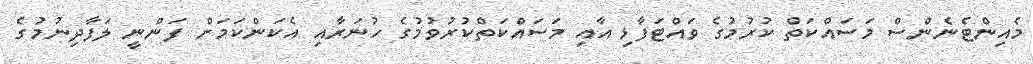
މެއިންޓެނެންސް މަސައްކަތް ކުރުމުގެ ވައްޓަފާޅި އާއި މަސައްކަތްކުރުވުމުގެ ހުނަރާއި އެކަންކަމަށް ފަންނީ ލަފާދިނުމުގެ